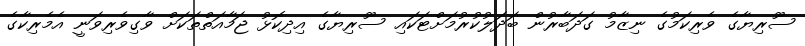
ސޫރިޔާގެ ވެރިކަމުގެ ނިޒާމު ގަދަބާރުން ބަދަލުކުރުމަށްޓަކައި ސޫރިޔާގެ އިިދިކޮޅު ޖަމާއަތްތަކަށް ވާގިވެރިވަނީ އެމެރިކާގެ